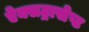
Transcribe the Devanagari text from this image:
ऐक्सट्रासेप्ट